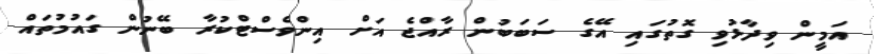
އަމީން ވިދާޅުވި ގޮތުގައި އޭގެ ސަބަބުން ރާއްޖެ އަށް އިންވެސްޓްކުރާ ބޭނުން ގައުމުތައް